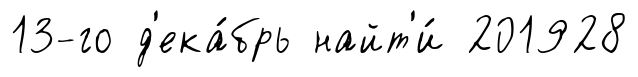
13-го д'ека́брь найт'и́ 201928